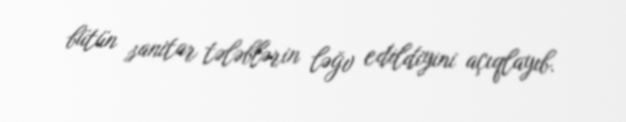
bütün sanitar tələblərin ləğv edildiyini açıqlayıb.